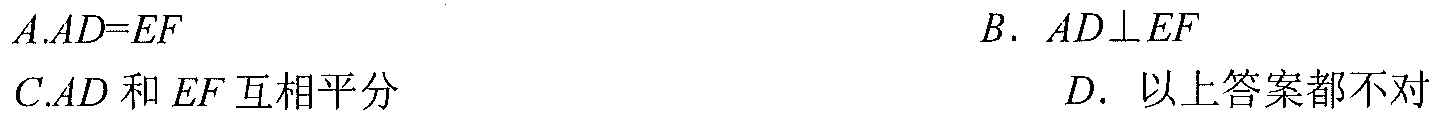
A.\(AD = EF\)  B. \(AD\perp EF\)
C.\(AD\)和\(EF\)互相平分  D. 以上答案都不对